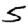
Digit: 5